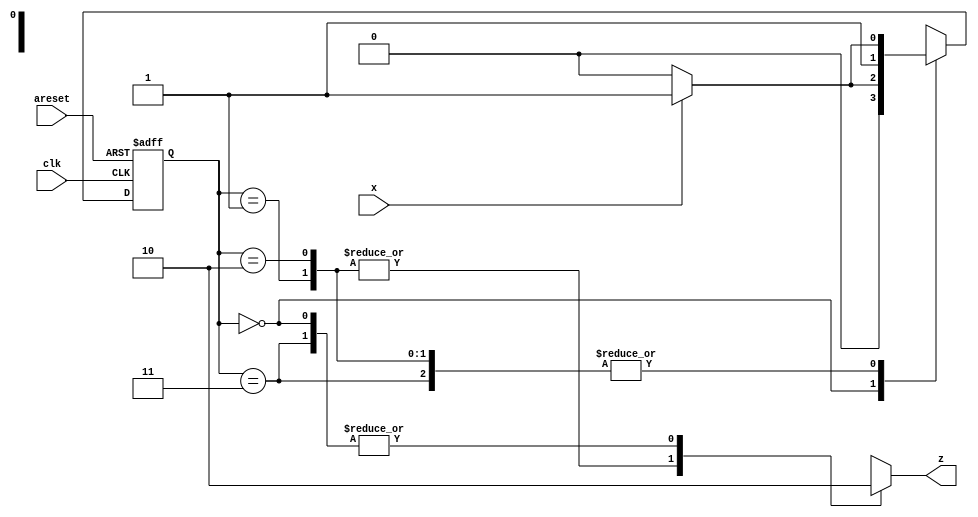
module top_module (
    input clk,
    input areset,
    input x,
    output z
); 
	parameter A0 = 2'b00,A1 = 2'b01, B0 = 2'b10, B1 = 2'b11;
    reg [1:0] state,next;
    
    always@(*) begin
        case(state)
            A0: next = x ? A1 : A0;
            A1: next = x ? B1 : B0;
            B0: next = x ? B1 : B0;
            B1: next = x ? B1 : B0;
        endcase
    end
    
    always@(posedge clk, posedge areset) begin
        if(areset)
            state <= A0;
        else
            state <= next;
    end
    
        always@(*) begin
        case(state)
            A0: z = 1'b0;
            A1: z = 1'b1;
            B0: z = 1'b1;
            B1: z = 1'b0;
        endcase
    end
    
endmodule